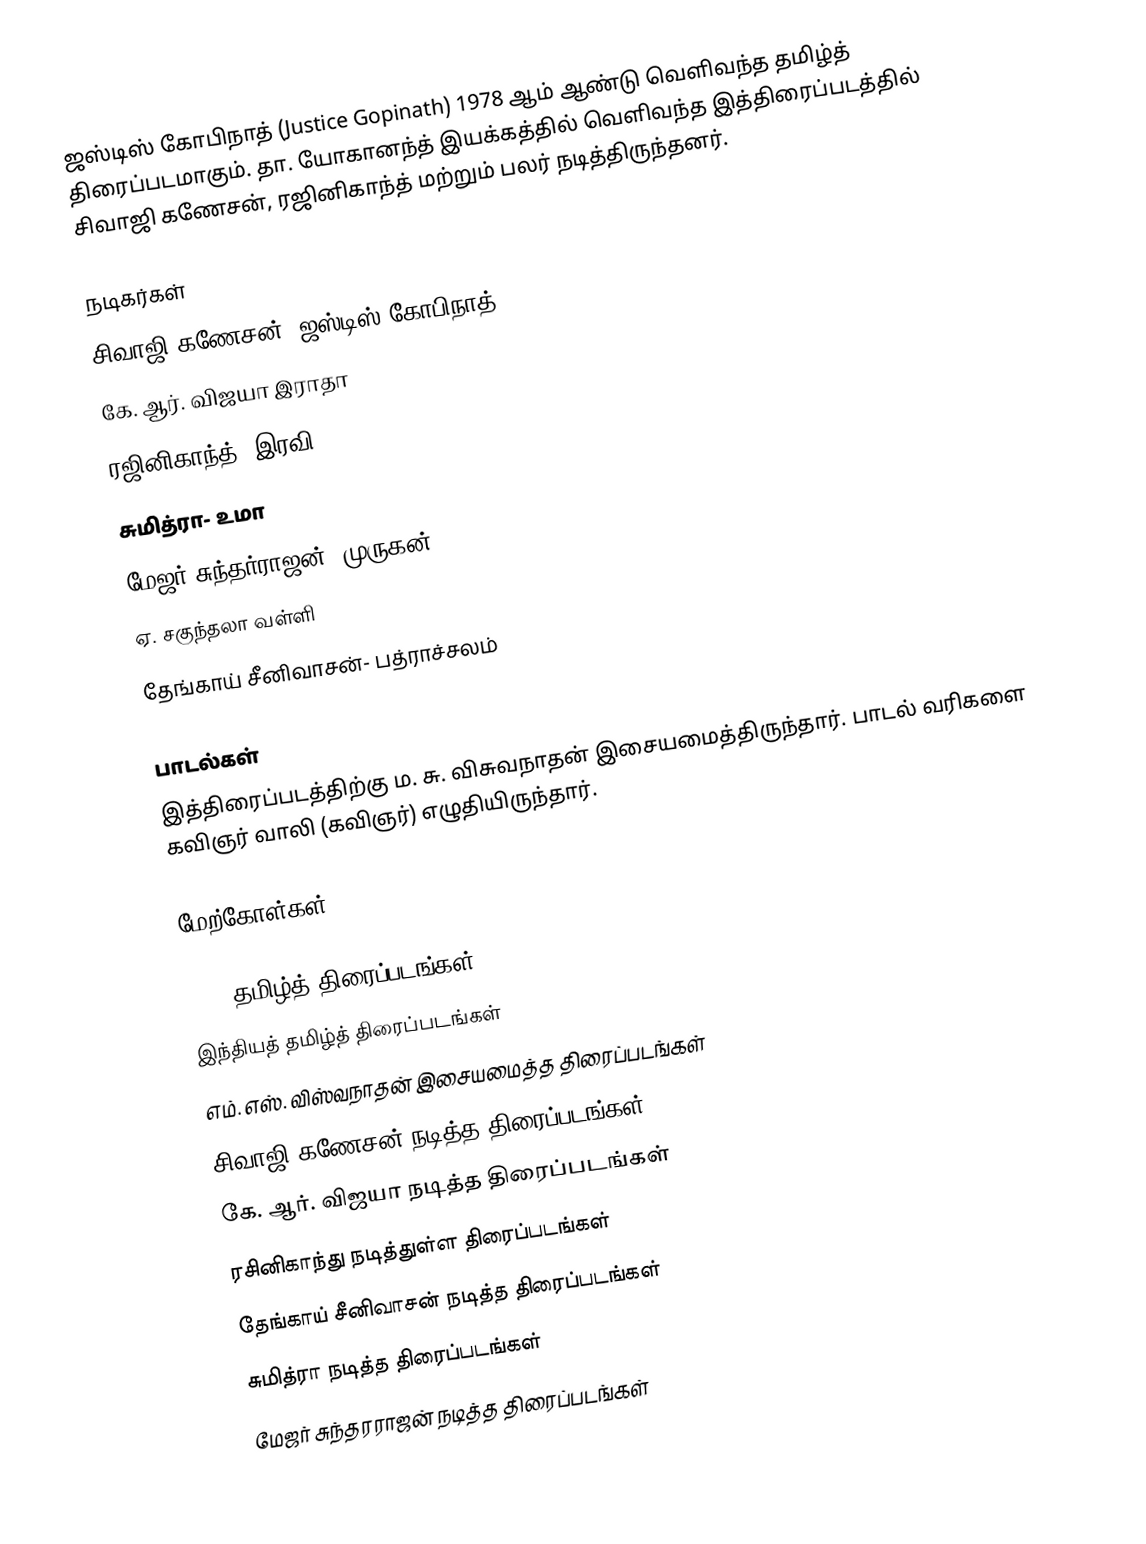
ஜஸ்டிஸ் கோபிநாத் (Justice Gopinath) 1978 ஆம் ஆண்டு வெளிவந்த தமிழ்த் திரைப்படமாகும். தா. யோகானந்த் இயக்கத்தில் வெளிவந்த இத்திரைப்படத்தில் சிவாஜி கணேசன், ரஜினிகாந்த் மற்றும் பலர் நடித்திருந்தனர்.

நடிகர்கள்
 சிவாஜி கணேசன்- ஜஸ்டிஸ் கோபிநாத்
 கே. ஆர். விஜயா இராதா
 ரஜினிகாந்த்- இரவி
 சுமித்ரா- உமா
 மேஜர் சுந்தர்ராஜன்- முருகன்
 ஏ. சகுந்தலா வள்ளி
 தேங்காய் சீனிவாசன்- பத்ராச்சலம்

பாடல்கள்
இத்திரைப்படத்திற்கு ம. சு. விசுவநாதன் இசையமைத்திருந்தார். பாடல் வரிகளை கவிஞர் வாலி (கவிஞர்) எழுதியிருந்தார்.

மேற்கோள்கள்

1978 தமிழ்த் திரைப்படங்கள்
இந்தியத் தமிழ்த் திரைப்படங்கள்
எம். எஸ். விஸ்வநாதன் இசையமைத்த திரைப்படங்கள்
சிவாஜி கணேசன் நடித்த திரைப்படங்கள்
கே. ஆர். விஜயா நடித்த திரைப்படங்கள்
ரசினிகாந்து நடித்துள்ள திரைப்படங்கள்
தேங்காய் சீனிவாசன் நடித்த திரைப்படங்கள்
சுமித்ரா நடித்த திரைப்படங்கள்
மேஜர் சுந்தரராஜன் நடித்த திரைப்படங்கள்